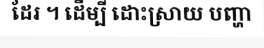
ដែរ ។ ដើម្បី ដោះស្រាយ បញ្ហា